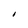
Character: I